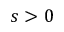
s > 0